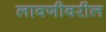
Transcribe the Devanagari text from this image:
लावणीवरील